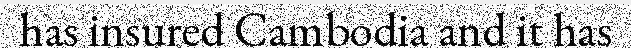
has insured Cambodia and it has